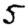
Digit: 5